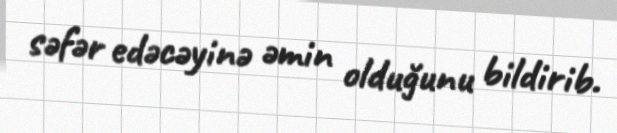
səfər edəcəyinə əmin olduğunu bildirib.